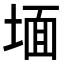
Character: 𭎹